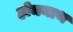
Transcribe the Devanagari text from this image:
होमनाथ